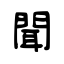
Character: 聞